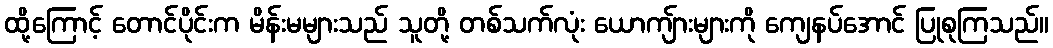
ထို့ကြောင့် တောင်ပိုင်းက မိန်းမများသည် သူတို့ တစ်သက်လုံး ယောကျ်ားများကို ကျေနပ်အောင် ပြုစုကြသည်။